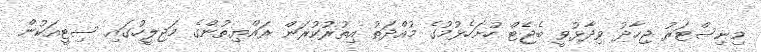
މިނިސްޓަރު ޖިހާދު ވިދާޅުވީ ބެޖެޓް ހުށަހެޅުމުގެ މުއްދަތު އިތުރުކުރަން ރައްޔިތުންގެ މަޖިލީހުގައި ސިޓީއަކުން